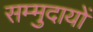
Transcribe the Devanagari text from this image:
सम्मुदायों